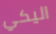
اليكي